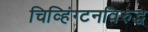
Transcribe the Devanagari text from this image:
चिव्हिंग्टनविरुद्ध